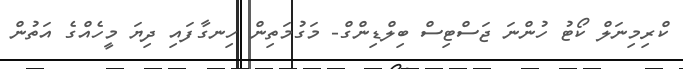
ކްރިމިނަލް ކޯޓު ހުންނަ ޖަސްޓިިސް ބިލްޑިންގް- މަގުމަތިން ހިނގާފައި ދިޔަ މީހެއްގެ އަތުން